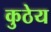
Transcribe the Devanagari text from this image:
कुठेय